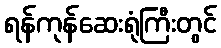
ရန်ကုန်ဆေးရုံကြီးတွင်